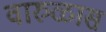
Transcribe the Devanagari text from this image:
वारुळास